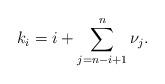
LaTeX: \begin{align*}k_i = i+\sum_{j=n-i+1}^{n} \nu_j.\end{align*}